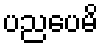
ပညပေမိ